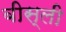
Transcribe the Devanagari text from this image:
बीस्ली